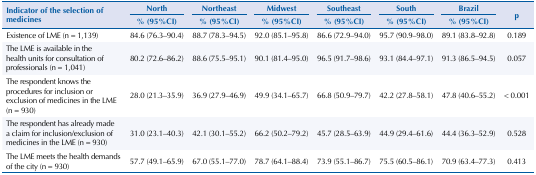
<table><thead><tr><td rowspan="3"><b>Indicator of the selection of medicines</b></td><td><b>North</b></td><td><b>Northeast</b></td><td><b>Midwest</b></td><td><b>Southeast</b></td><td><b>South</b></td><td><b>Brazil</b></td><td rowspan="3"><b>p</b></td></tr><tr><td><b>% (95%CI)</b></td><td><b>% (95%CI)</b></td><td><b>% (95%CI)</b></td><td><b>% (95%CI)</b></td><td><b>% (95%CI)</b></td><td><b>% (95%CI)</b></td></tr></thead><tbody><tr><td>Existence of LME (n = 1,139)</td><td>84.6 (76.3–90.4)</td><td>88.7 (78.3–94.5)</td><td>92.0 (85.1–95.8)</td><td>86.6 (72.9–94.0)</td><td>95.7 (90.9–98.0)</td><td>89.1 (83.8–92.8)</td><td>0.189</td></tr><tr><td>The LME is available in the health units for consultation of professionals (n = 1,041)</td><td>80.2 (72.6–86.2)</td><td>88.6 (75.5–95.1)</td><td>90.1 (81.4–95.0)</td><td>96.5 (91.7–98.6)</td><td>93.1 (84.4–97.1)</td><td>91.3 (86.5–94.5)</td><td>0.057</td></tr><tr><td>The respondent knows the procedures for inclusion or exclusion of medicines in the LME (n = 930)</td><td>28.0 (21.3–35.9)</td><td>36.9 (27.9–46.9)</td><td>49.9 (34.1–65.7)</td><td>66.8 (50.9–79.7)</td><td>42.2 (27.8–58.1)</td><td>47.8 (40.6–55.2)</td><td>&lt; 0.001</td></tr><tr><td>The respondent has already made a claim for inclusion/exclusion of medicines in the LME (n = 930)</td><td>31.0 (23.1–40.3)</td><td>42.1 (30.1–55.2)</td><td>66.2 (50.2–79.2)</td><td>45.7 (28.5–63.9)</td><td>44.9 (29.4–61.6)</td><td>44.4 (36.3–52.9)</td><td>0.528</td></tr><tr><td>The LME meets the health demands of the city (n = 930)</td><td>57.7 (49.1–65.9)</td><td>67.0 (55.1–77.0)</td><td>78.7 (64.1–88.4)</td><td>73.9 (55.1–86.7)</td><td>75.5 (60.5–86.1)</td><td>70.9 (63.4–77.3)</td><td>0.413</td></tr></tbody></table>